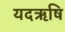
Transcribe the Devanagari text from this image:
यदऋषि